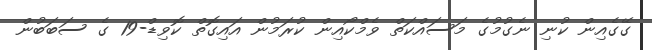
ގޭގެއިން ކުނި ނެގުމުގެ މަސައްކަތް ވެމްކޯއިން ކުރަމުން އައިގޮތް ކޮވިޑް-19 ގެ ސަބަބުން